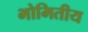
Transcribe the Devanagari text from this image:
भोमितीय